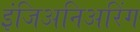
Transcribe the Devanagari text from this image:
इंजिअनिअरिंग